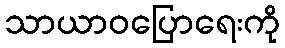
သာယာဝပြောရေးကို